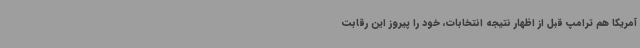
آمریکا هم ترامپ قبل از اظهار نتیجه انتخابات، خود را پیروز این رقابت